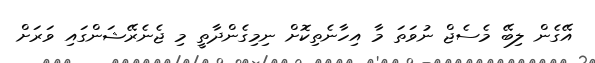
އޭގެން ލިބޭ މެސެޖް ނުވަތަ މާ އިހާނެތިކޮށް ނިމިގެންދާތީ މި ޖެނެރޭޝަންގައި ވަރަށް